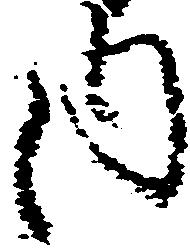
内